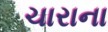
ચારાના